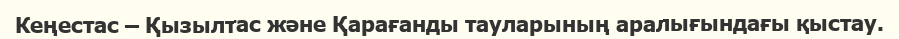
Кеңестас – Қызылтас және Қарағанды тауларының аралығындағы қыстау.